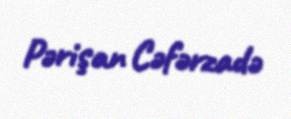
Pərişan Cəfərzadə